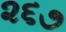
૨૬૭